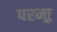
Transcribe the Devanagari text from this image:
परन्तु